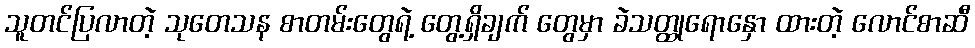
သူတင်ပြလာတဲ့ သုတေသန စာတမ်းတွေရဲ့ တွေ့ရှိချက် တွေမှာ ခဲသတ္ထုရောနှော ထားတဲ့ လောင်စာဆီ